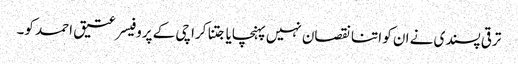
ترقی پسندی نے ان کو اتنا نقصان نہیں پہنچایا جتنا کراچی کے پروفیسر عتیق احمد کو۔